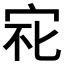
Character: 𱚆